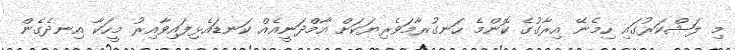
މި ލަޝްކަރުގައި ހިމެނޭ އިރާގުގެ ކޮންމެ ހަނގުރާމަވެރިޔަކަށް އާމްދަނީއެއް ކަނޑައެޅިފައިވާއިރު މީހަކާ އިނދެގެން